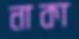
নাকা